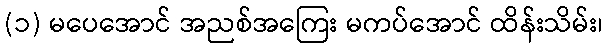
(၁) မပေအောင် အညစ်အကြေး မကပ်အောင် ထိန်းသိမ်း၊